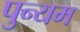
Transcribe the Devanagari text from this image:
पुन्यम